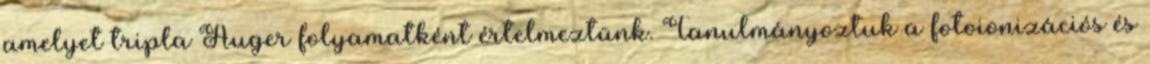
amelyet tripla Auger folyamatként értelmeztünk. Tanulmányoztuk a fotoionizációs és